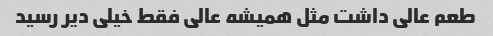
طعم عالی داشت مثل همیشه عالی فقط خیلی دیر رسید